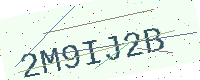
Text: 2M9IJ2B